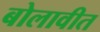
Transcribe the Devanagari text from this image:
बोलावीत